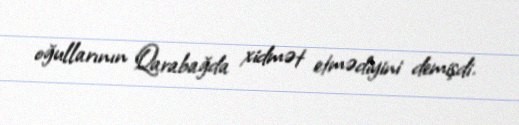
oğullarının Qarabağda xidmət etmədiyini demişdi.